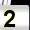
Digit: 2